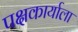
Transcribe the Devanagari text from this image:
पक्षकार्याला